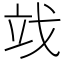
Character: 䇅